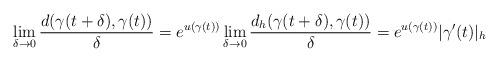
LaTeX: \begin{align*} \lim_{\delta \rightarrow 0} \frac{d(\gamma(t + \delta),\gamma(t))}{\delta} = e^{u(\gamma(t))} \lim_{\delta \rightarrow 0} \frac{d_h (\gamma(t + \delta),\gamma(t))}{\delta} = e^{u(\gamma(t))} |\gamma'(t)|_h \end{align*}